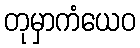
တုမှာကံယေဝ